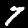
Digit: 7